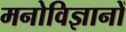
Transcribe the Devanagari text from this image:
मनोविज्ञानों